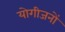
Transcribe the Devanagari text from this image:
योगीजनों